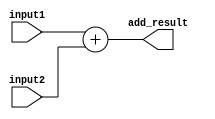
`timescale 1ns / 1ps

module adder(
	input[31:0] input1, input[31:0] input2, 
	output[31:0] add_result
	);

	assign add_result = input1 + input2;
	
endmodule